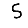
Digit: 5